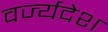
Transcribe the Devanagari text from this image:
वर्ज्यदेश